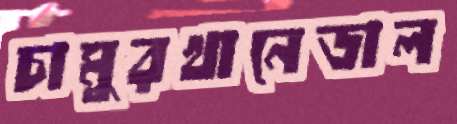
চামুরখানেডাল